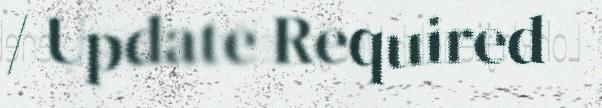
/ Update Required